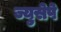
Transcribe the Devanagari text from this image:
ज्युसेपे